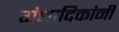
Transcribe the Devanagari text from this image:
गंधादिकांनीं